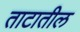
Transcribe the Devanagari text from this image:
ताटातील